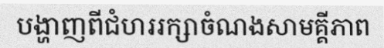
បង្ហាញពីជំហររក្សាចំណងសាមគ្គីភាព